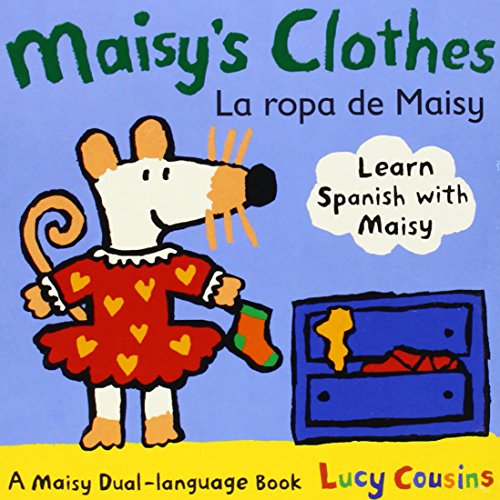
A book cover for Maisy's Clothes La Ropa de Maisy: A Maisy Dual Language Book (Spanish Edition); Lucy Cousins; Children's Books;